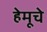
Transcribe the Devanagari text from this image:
हेमूचे